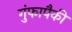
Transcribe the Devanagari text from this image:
गुंफापैकी